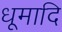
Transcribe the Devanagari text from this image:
धूमादि